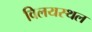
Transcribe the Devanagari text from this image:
विलयस्थल